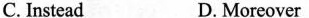
C. Instead D. Moreover